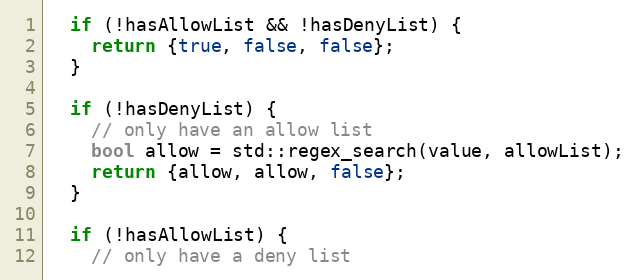
Language: C++
  if (!hasAllowList && !hasDenyList) {
    return {true, false, false};
  }

  if (!hasDenyList) {
    // only have an allow list
    bool allow = std::regex_search(value, allowList);
    return {allow, allow, false};
  }

  if (!hasAllowList) {
    // only have a deny list